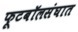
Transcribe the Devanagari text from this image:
फूटबॉलसंघात